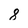
Character: 8